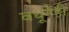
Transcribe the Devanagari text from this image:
वधूनेही